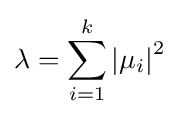
\lambda =\sum _{i=1}^{k}\left|\mu _{i}\right|^{2}